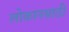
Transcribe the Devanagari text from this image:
लोकानसाठी